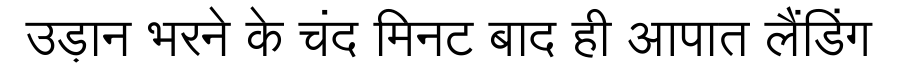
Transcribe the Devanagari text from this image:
उड़ान भरने के चंद मिनट बाद ही आपात लैंडिंग